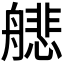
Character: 𫇟